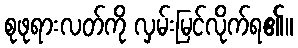
စုဖုရားလတ်ကို လှမ်းမြင်လိုက်ရ၏။